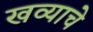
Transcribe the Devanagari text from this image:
खव्याचे